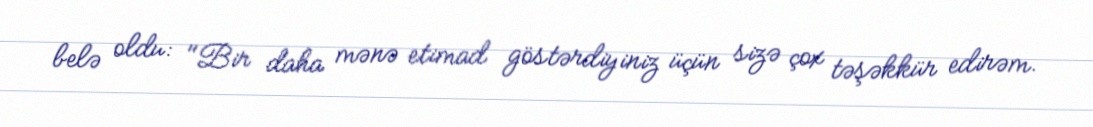
belə oldu: "Bir daha mənə etimad göstərdiyiniz üçün sizə çox təşəkkür edirəm.